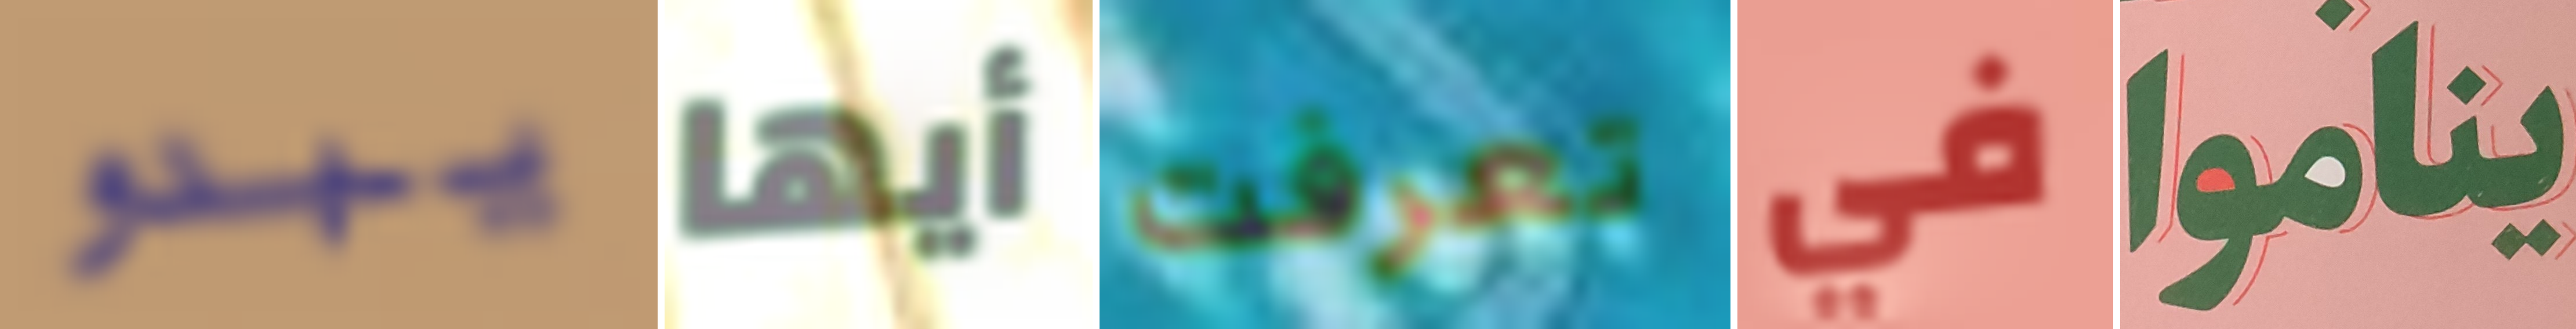
يبدو أيها تعرفت في يناموا